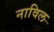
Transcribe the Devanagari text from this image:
नाविल